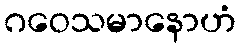
ဂဝေသမာနောဟံ